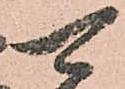
可